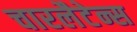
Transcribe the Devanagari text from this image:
चारलैटेन्स